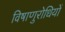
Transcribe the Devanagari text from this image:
विषाणुरोधियों